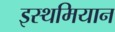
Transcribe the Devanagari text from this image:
इस्थमियान